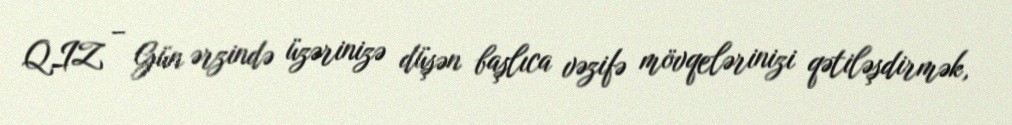
QIZ – Gün ərzində üzərinizə düşən başlıca vəzifə mövqelərinizi qətiləşdirmək,